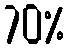
70%